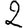
Digit: 2